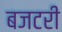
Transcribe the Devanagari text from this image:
बजटरी